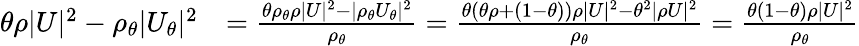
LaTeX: \begin{array}{rl}{\theta\rho|U|^{2}-\rho_{\theta}|U_{\theta}|^{2}}&{=\frac{\theta\rho_{\theta}\rho|U|^{2}-|\rho_{\theta}U_{\theta}|^{2}}{\rho_{\theta}}=\frac{\theta(\theta\rho+(1-\theta))\rho|U|^{2}-\theta^{2}|\rho U|^{2}}{\rho_{\theta}}=\frac{\theta(1-\theta)\rho|U|^{2}}{\rho_{\theta}}}\end{array}